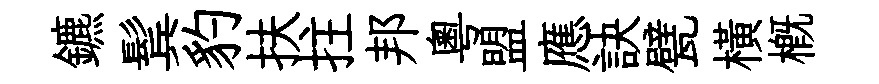
鑣鬂豹扶拄邦粵盟應訣甓橫槪